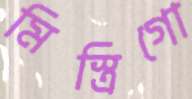
মিস্ত্রিগো